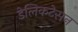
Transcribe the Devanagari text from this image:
डेलिकटेसन